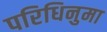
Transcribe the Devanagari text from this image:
परिधिनुमा